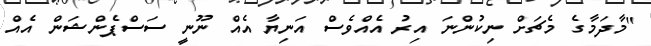
"މާދަމާގެ މެޗަށް ނިކުންނަ އިރު އެއްވެސް އަނިޔާ އެއް ނޫނީ ސަސްޕެންޝަން އެއް